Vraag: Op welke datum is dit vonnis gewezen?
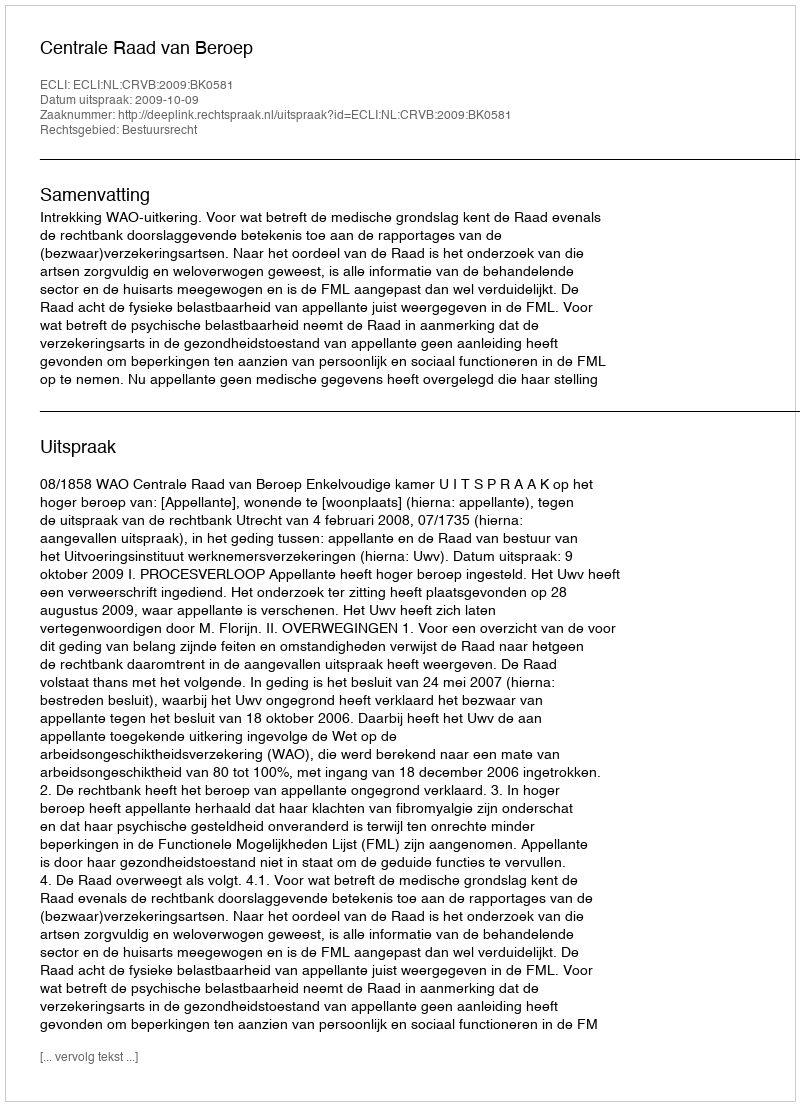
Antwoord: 2009-10-09